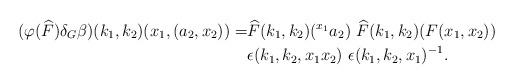
LaTeX: \begin{align*}(\varphi(\widehat{F}) \delta_G \beta) (k_1,k_2)(x_1,(a_2,x_2)) =& \widehat{F}(k_1,k_2)({}^{x_1}a_2) \ \widehat{F}(k_1,k_2)(F(x_1,x_2)) \\& \epsilon(k_1,k_2,x_1x_2) \ \epsilon(k_1,k_2,x_1)^{-1}.\end{align*}